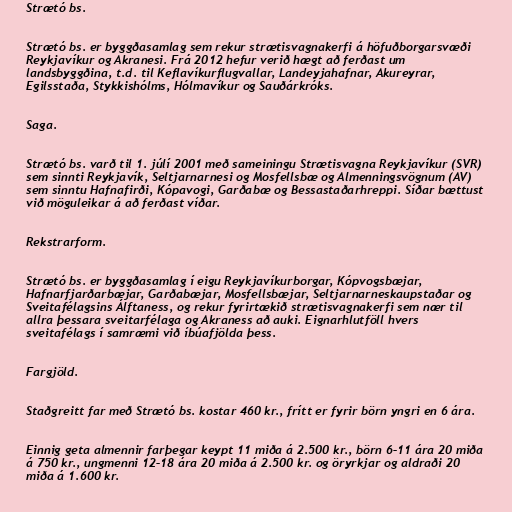
Strætó bs.

Strætó bs. er byggðasamlag sem rekur strætisvagnakerfi á höfuðborgarsvæði
Reykjavíkur og Akranesi. Frá 2012 hefur verið hægt að ferðast um
landsbyggðina, t.d. til Keflavíkurflugvallar, Landeyjahafnar, Akureyrar,
Egilsstaða, Stykkishólms, Hólmavíkur og Sauðárkróks.

Saga.

Strætó bs. varð til 1. júlí 2001 með sameiningu Strætisvagna Reykjavíkur (SVR)
sem sinnti Reykjavík, Seltjarnarnesi og Mosfellsbæ og Almenningsvögnum (AV)
sem sinntu Hafnafirði, Kópavogi, Garðabæ og Bessastaðarhreppi. Síðar bættust
við möguleikar á að ferðast víðar.

Rekstrarform.

Strætó bs. er byggðasamlag í eigu Reykjavíkurborgar, Kópvogsbæjar,
Hafnarfjarðarbæjar, Garðabæjar, Mosfellsbæjar, Seltjarnarneskaupstaðar og
Sveitafélagsins Álftaness, og rekur fyrirtækið strætisvagnakerfi sem nær til
allra þessara sveitarfélaga og Akraness að auki. Eignarhlutföll hvers
sveitafélags í samræmi við íbúafjölda þess.

Fargjöld.

Staðgreitt far með Strætó bs. kostar 460 kr., frítt er fyrir börn yngri en 6 ára.

Einnig geta almennir farþegar keypt 11 miða á 2.500 kr., börn 6–11 ára 20 miða
á 750 kr., ungmenni 12–18 ára 20 miða á 2.500 kr. og öryrkjar og aldraði 20
miða á 1.600 kr.